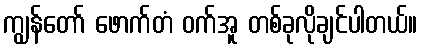
ကျွန်တော် ဖောက်တံ ဝက်အူ တစ်ခုလိုချင်ပါတယ်။